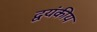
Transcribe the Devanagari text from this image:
द्वयंकीय